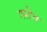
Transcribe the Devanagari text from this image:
गस्टेव